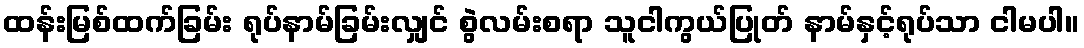
ထန်းမြစ်ထက်ခြမ်း ရုပ်နာမ်ခြမ်းလျှင် စွဲလမ်းစရာ သူငါကွယ်ပြုတ် နာမ်နှင့်ရုပ်သာ ငါမပါ။